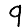
Digit: 9